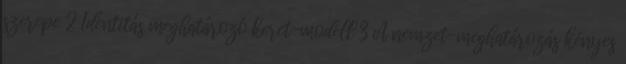
szerepe 2 Identitás meghatározó keret-modell 3 A nemzet-meghatározás kényes